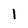
Character: 1